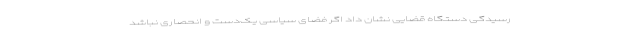
رسیدگی دستگاه قضایی نشان داد اگر فضای سیاسی یک‌دست و انحصاری نباشد